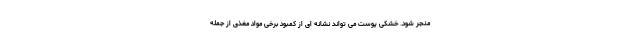
منجر شود. خشکی پوست می تواند نشانه ای از کمبود برخی مواد مغذی از جمله